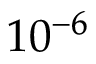
1 0 ^ { - 6 }